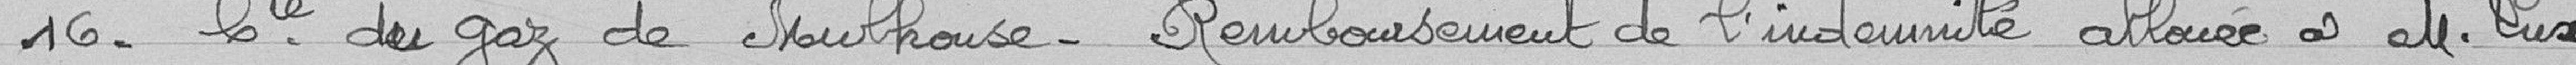
16 - Cie du gaz de Mulhouse. Remboursement de l'indemnité allouée à M. Lux.